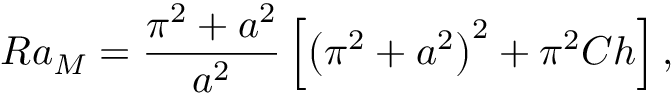
R a _ { M } = \frac { \pi ^ { 2 } + a ^ { 2 } } { a ^ { 2 } } \left[ \left( \pi ^ { 2 } + a ^ { 2 } \right) ^ { 2 } + \pi ^ { 2 } C h \right] ,